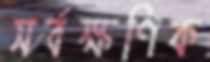
সর্বক্ষণিক